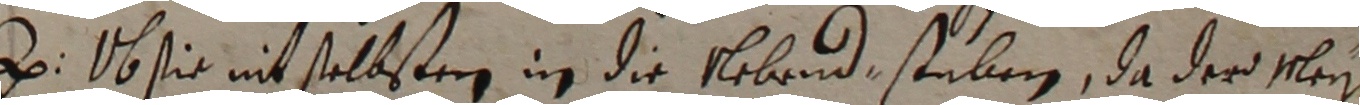
z. ob sie nit selbstern in die nebend sauben, da der mley